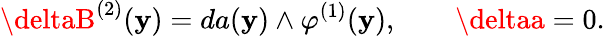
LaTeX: \deltaB^{(2)}(\mathbf{y})=da(\mathbf{y})\wedge\varphi^{(1)}(\mathbf{y}),\qquad\deltaa=0.